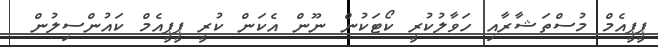
ޕީޕީއެމް މުސްތަޝާރާއި ހަވާލުކުރީ ކޯޓަކުން ނޫން އެކަން ކުރީ ޕީޕީއެމް ކައުންސިލުން